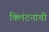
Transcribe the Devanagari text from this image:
क्लिंटनाची